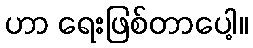
ဟာ ရေးဖြစ်တာပေါ့။